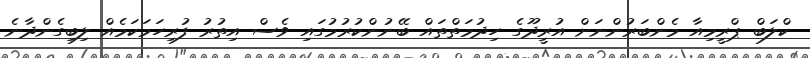
ކްލަބް ޕްރީމިއާ މެންބަރުންނަށް އުރީދޫގެ ހިދުމަތްތައް ބޭނުންކުރުމުގައި ވެސް އިތުރު ފުރިހަމަކަމެއް ލިބިގެންދާނެ